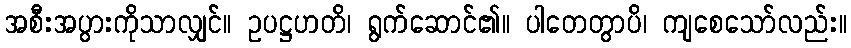
အစီးအပွားကိုသာလျှင်။ ဥပဋ္ဌဟတိ၊ ရွက်ဆောင်၏။ ပါတေတွာပိ၊ ကျစေသော်လည်း။